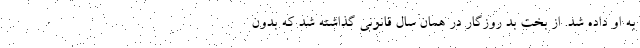
به او داده شد. از بخت بد روزگار در همان سال قانونی گذاشته شد که بدون